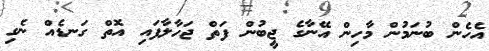
އެހެން ބުނަމުން މާހިން އޭނާގެ ޖީބުން ފަތް ޖަހާލާފައި އޮތް ގަނޑެއް ނެގި